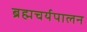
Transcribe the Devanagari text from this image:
ब्रह्मचर्यपालन